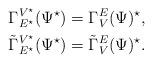
LaTeX: \begin{align*}\Gamma^{V^\star}_{E^\star}(\Psi^\star)&=\Gamma^E_V(\Psi)^\star,\\\tilde \Gamma^{V^\star}_{E^\star}(\Psi^\star)&=\tilde\Gamma^E_V(\Psi)^\star.\end{align*}